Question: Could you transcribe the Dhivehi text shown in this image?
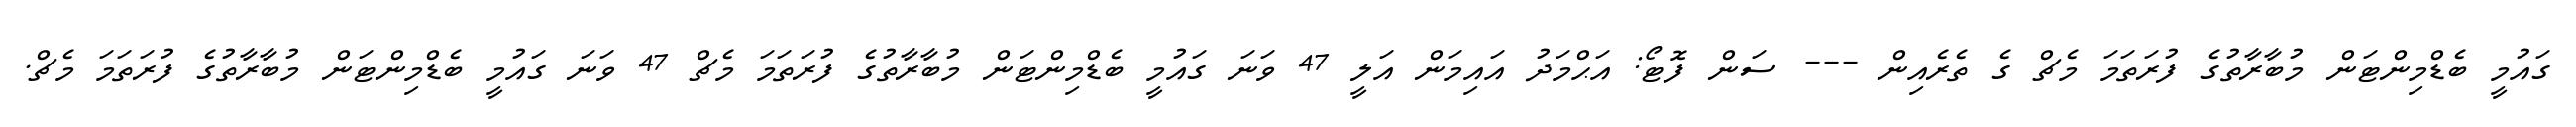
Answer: ގައުމީ ބެޑްމިންޓަން މުބާރާތުގެ ފުރަތަމަ މެޗް ގެ ތެރެއިން --- ސަން ފޮޓޯ: އަޙްމަދު އައިމަން އަލީ 47 ވަނަ ގައުމީ ބެޑްމިންޓަން މުބާރާތުގެ ފުރަތަމަ މެޗް 47 ވަނަ ގައުމީ ބެޑްމިންޓަން މުބާރާތުގެ ފުރަތަމަ މެޗް.